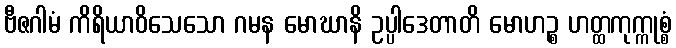
ဗီဇဂါမံ ကိရိယာဝိသေသော ဂမန မောဃာနိ ဥပ္ပါဒေတာတိ မောဟဉ္စ ဟတ္ထကုက္ကုစ္စံ